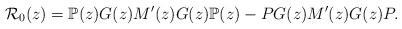
LaTeX: \begin{align*} \mathcal{R}_0 (z) = \mathbb{P}(z) G(z) M' (z) G(z) \mathbb{P}(z) - PG(z) M'(z) G(z) P. \end{align*}